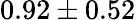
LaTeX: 0.92\pm 0.52